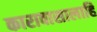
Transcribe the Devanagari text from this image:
कारावासालाहि